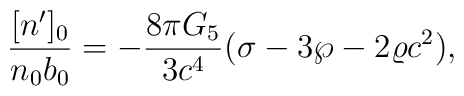
{{[n^{\prime}]_0}\over{n_0b_0}}=-{{8\pi G_5}\over{3c^4}}(\sigma-3\wp-2\varrho c^2),